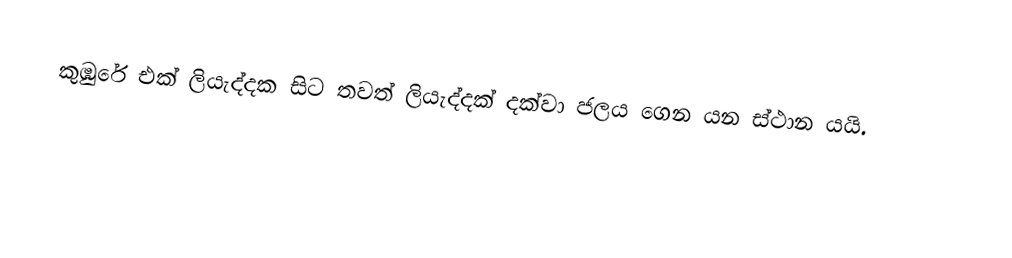
කුඹුරේ එක් ලියැද්දක සිට තවත් ලියැද්දක් දක්වා ජලය ගෙන යන ස්ථාන යයි.